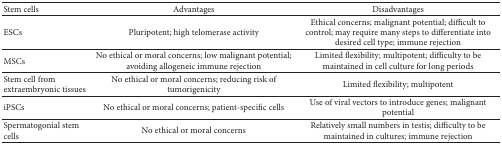
| Stem cells | Advantages | Disadvantages |
 | --- | --- | --- |
 | ESCs | Pluripotent; high telomerase activity | Ethical concerns; malignant potential; difficult to control; may require many steps to differentiate into desired cell type; immune rejection |
 | MSCs | No ethical or moral concerns; low malignant potential; avoiding allogeneic immune rejection | Limited flexibility; multipotent; difficulty to be maintained in cell culture for long periods |
 | Stem cell from extraembryonic tissues | No ethical or moral concerns; reducing risk of tumorigenicity | Limited flexibility; multipotent |
 | iPSCs | No ethical or moral concerns; patient-specific cells | Use of viral vectors to introduce genes; malignant potential |
 | Spermatogonial stem cells | No ethical or moral concerns | Relatively small numbers in testis; difficulty to be maintained in cultures; immune rejection |